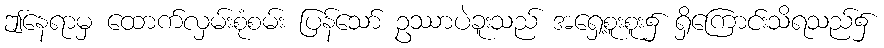
ဤနေရာမှ ထောက်လှမ်းစုံစမ်း ပြန်သော် ဥဿာပဲခူးသည် အရှေ့စူးစူး၌ ရှိကြောင်းသိရသည်၌